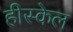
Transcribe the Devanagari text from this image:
हीस्केल